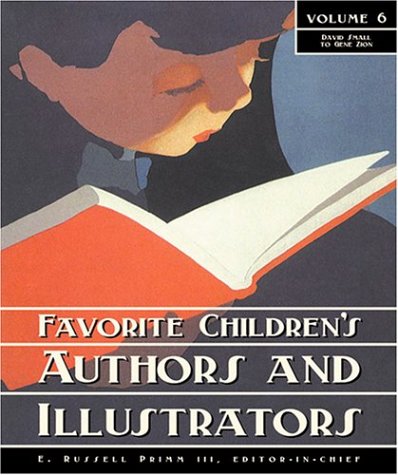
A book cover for David Small to Gene Zion (Favorite Children's Authors and Illustrators); Teen & Young Adult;